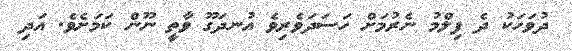
ދުވަހަކު ދެ ފިލްމު ނެރުމަށް ހަސަދަވެރިވެ އުނދަގޫ ވާތީ ނޫން ކަމަށެވެ. އަދި